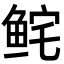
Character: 𩽽